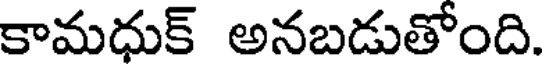
కామధుక్ అనబడుతోంది.